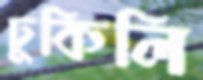
ঢুকিলি